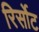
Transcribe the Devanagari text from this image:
रिर्सोट